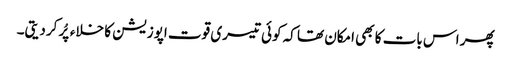
پھر اس بات کا بھی امکان تھا کہ کوئی تیسری قوت اپوزیشن کا خلاءپُر کردیتی۔